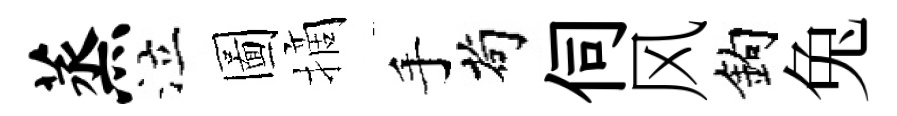
蒸泣圖摘手茍伺风鈎兔